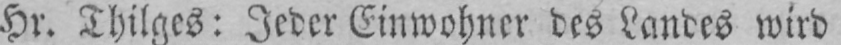
Hr. Thilges: Jeder Einwohner des Landes wird